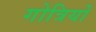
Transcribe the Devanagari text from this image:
गोत्रियों